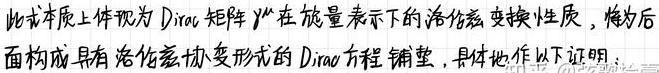
此式本质上体现为 Dirac 矩阵$\gamma^{\mu}$在旋量表示下的洛伦兹变换性质， 为后面构成具有洛伦兹协变形式的 Dirac 方程铺垫， 具体地作以下证明：